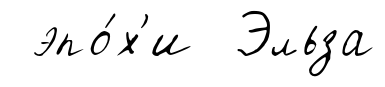
эпо́х'и Эльза